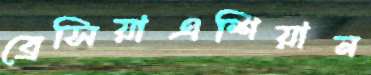
ব্রেসিয়াএশিয়ান